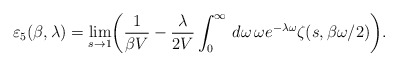
\begin{align*}\varepsilon_{5}(\beta,\lambda)=\lim_{s\rightarrow 1}\biggl(\frac{1}{\beta V}-\frac{\lambda}{2 V}\int_{0}^{\infty}\,d\omega\,\omega e^{-\lambda\omega}\zeta(s,\beta\omega/2)\biggr).\\\end{align*}